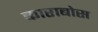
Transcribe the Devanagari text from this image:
काराबोस